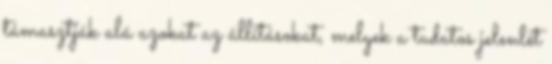
támasztják alá azokat az állításokat, melyek a tudatos jelenlét